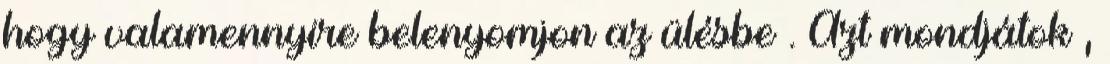
hogy valamennyire belenyomjon az ülésbe . Azt mondjátok ,